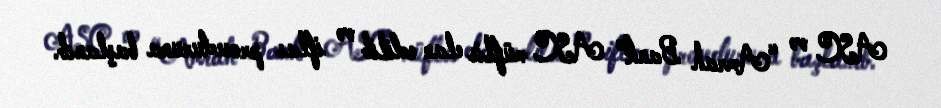
ASC və “Amrah Bank” ASC müflis elan edilib və iflas proseduruna başlanıb.